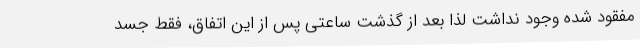
مفقود شده وجود نداشت لذا بعد از گذشت ساعتی پس از این اتفاق، فقط جسد